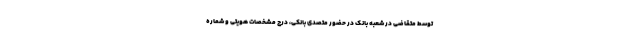
توسط متقاضی در شعبه بانک در حضور متصدی بانکی، درج مشخصات هویتی و شماره